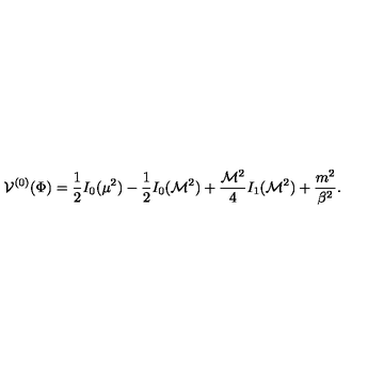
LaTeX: { \cal V } ^ { ( 0 ) } ( \Phi ) = { \frac { 1 } { 2 } } I _ { 0 } ( \mu ^ { 2 } ) - { \frac { 1 } { 2 } } I _ { 0 } ( { \cal M } ^ { 2 } ) + { \frac { { \cal M } ^ { 2 } } { 4 } } I _ { 1 } ( { \cal M } ^ { 2 } ) + { \frac { m ^ { 2 } } { \beta ^ { 2 } } } .